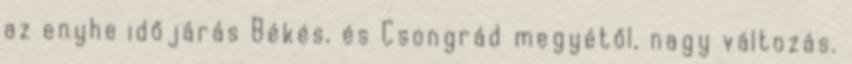
az enyhe időjárás Békés, és Csongrád megyétől, nagy változás.